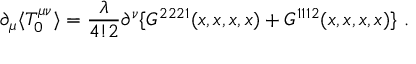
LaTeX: \partial _ { \mu } \langle T _ { 0 } ^ { \mu \nu } \rangle = \frac { \lambda } { 4 ! 2 } \partial ^ { \nu } \{ G ^ { 2 2 2 1 } ( x , x , x , x ) + G ^ { 1 1 1 2 } ( x , x , x , x ) \} \ .